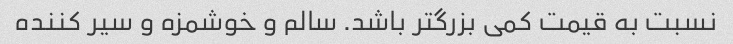
نسبت به قیمت کمی بزرگتر باشد. سالم و خوشمزه و سیر کننده